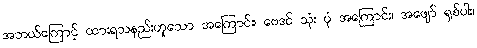
အဘယ်ကြောင့် ထားရသနည်းဟူသော အကြောင်း၊ ဗေဒင် သုံး ပုံ အကြောင်း၊ အဖျော် ရှစ်ပါး၊